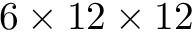
6 \times 1 2 \times 1 2